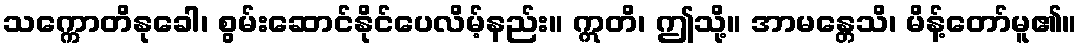
သက္ကောတိနုခေါ၊ စွမ်းဆောင်နိုင်ပေလိမ့်နည်း။ ဣတိ၊ ဤသို့။ အာမန္တေသိ၊ မိန့်တော်မူ၏။